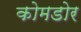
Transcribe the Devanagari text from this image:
कोमडोर